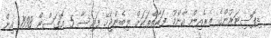
ޑިޕޮސިޓަރުންގެ ތެރެއިން އާންމު ފަރާތްތަކަށް ލިބެންޖެހޭ ފައިސާ 5 އޮގަސްޓް 1998 އިން